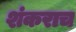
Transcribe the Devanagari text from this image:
शंकराच